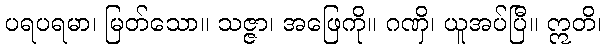
ပရပရမာ၊ မြတ်သော။ သဇ္ဇာ၊ အဖြေကို။ ဂဏှိ၊ ယူအပ်ပြီ။ ဣတိ၊